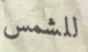
للشمس